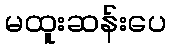
မထူးဆန်းပေ